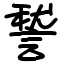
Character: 諬